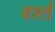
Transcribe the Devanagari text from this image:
वर्श्त